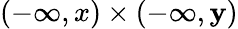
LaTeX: (-\infty,x)\times(-\infty,\mathbf{y})